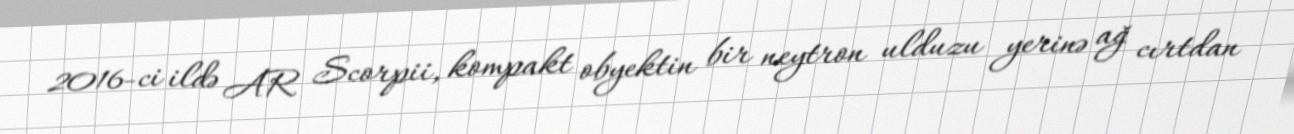
2016-ci ildə AR Scorpii, kompakt obyektin bir neytron ulduzu yerinə ağ cırtdan